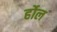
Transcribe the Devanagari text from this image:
र्होल